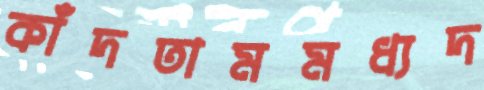
কাঁদতামমধ্যদ